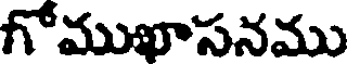
గోముఖాసనము